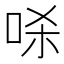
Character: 𱒞